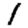
Digit: 1